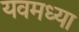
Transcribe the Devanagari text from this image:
यवमध्या